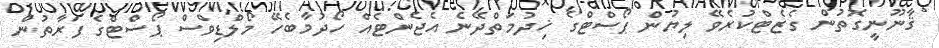
ޤާނޫނީގޮތުން ގެޒެޓްކުރެވޭ ލިޔުން ޕޯސްޓްގެ ޚިދުމަތްދޭނެ އެޖެންޓެއް ހޯދުމާބެހޭ މޯލްޑިވްސް ޕޯސްޓްގެ ފަރާތުން